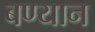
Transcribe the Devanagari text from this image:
बण्यान